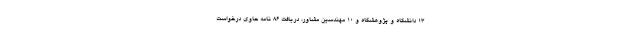
۱۳ دانشگاه و پژوهشگاه و ۱۰ مهندسین مشاور، دریافت ۸۶ نامه حاوی درخواست